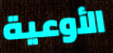
الأوعية